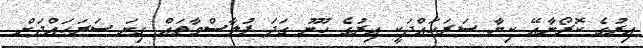
އިރުގެ ކޮރޯނާއޭ ކިޔާ ސަރަހައްދަކީ އިރުގެ ހޫނު ގަދަ ޕުލާސްމާތައް ގިނަ ސަރަހައްދަށް